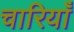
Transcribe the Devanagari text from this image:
चारियाँ